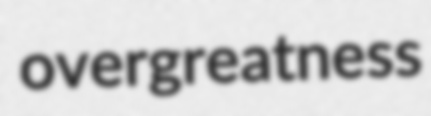
overgreatness